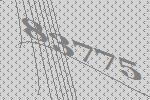
83775